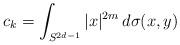
LaTeX: \begin{align*}c_k = \int_{S^{2d-1}} |x|^{2m}\,d\sigma(x,y)\end{align*}